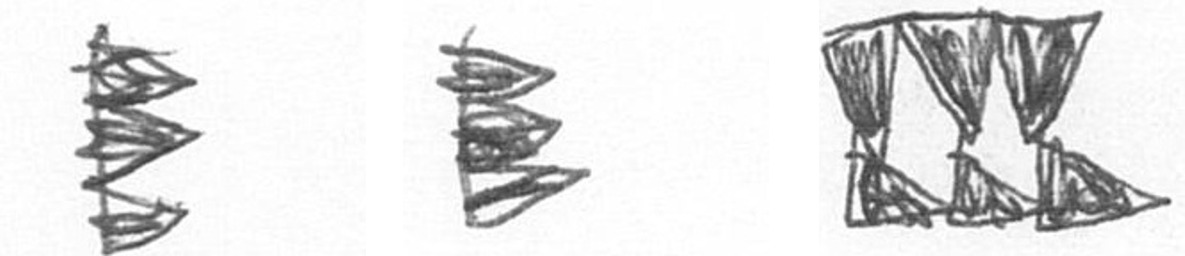
H H D